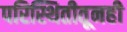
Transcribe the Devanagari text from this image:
परिस्थितीतूनही